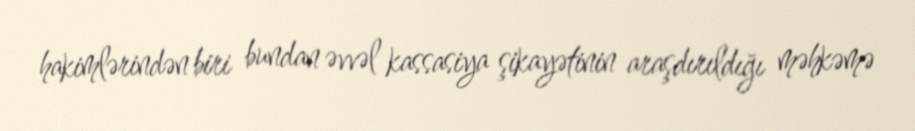
hakimlərindən biri bundan əvvəl kassasiya şikayətinin araşdırıldığı məhkəmə